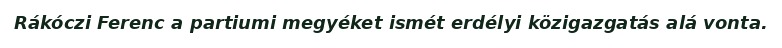
Rákóczi Ferenc a partiumi megyéket ismét erdélyi közigazgatás alá vonta.